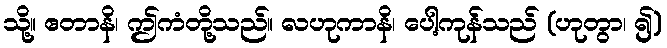
သို့။ ဧတာနိ၊ ဤကံတို့သည်။ လဟုကာနိ၊ ပေါ့ကုန်သည် (ဟုတွာ၊ ၍)